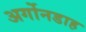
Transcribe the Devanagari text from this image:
अर्गोनडाह